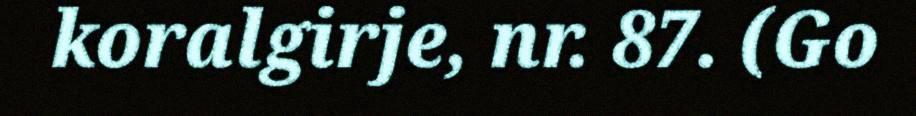
koralgirje, nr. 87. (Go